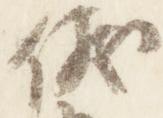
儀